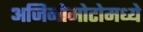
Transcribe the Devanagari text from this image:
अजिनोमोटोमध्ये